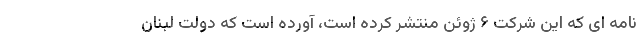
نامه ای که این شرکت ۶ ژوئن منتشر کرده است، آورده است که دولت لبنان